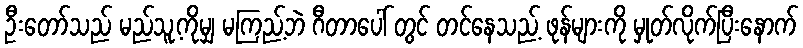
ဦးတော်သည် မည်သူ့ကိုမျှ မကြည့်ဘဲ ဂီတာပေါ် တွင် တင်နေသည့် ဖုန်များကို မှုတ်လိုက်ပြီးနောက်